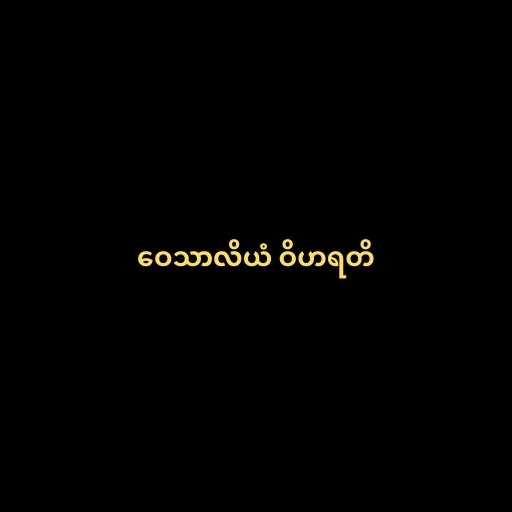
ဝေသာလိယံ ဝိဟရတိ